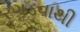
રગડવાથી